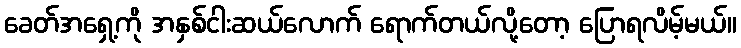
ခေတ်အရှေ့ကို အနှစ်ငါးဆယ်လောက် ရောက်တယ်လို့တော့ ပြောရလိမ့်မယ်။